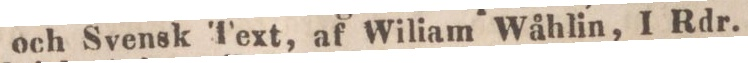
och Svensk Text, af Wiliam Wåhlin, 1 Rdr.